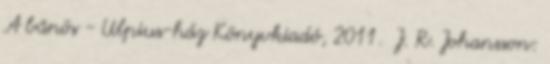
A bűnös - Ulpius-ház Könyvkiadó, 2011. J. R. Johansson: